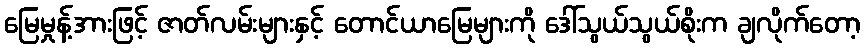
မြေမှုန့်အားဖြင့် ဇာတ်လမ်းများနှင့် တောင်ယာမြေများကို ဒေါ်သွယ်သွယ်စိုးက ချလိုက်တော့